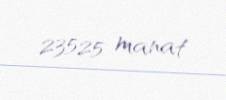
23525 manat